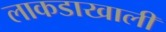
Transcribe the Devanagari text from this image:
लाकडाखाली